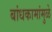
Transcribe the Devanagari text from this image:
बांधकामांमुळे